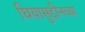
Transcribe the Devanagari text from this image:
घियासुद्दीनच्या